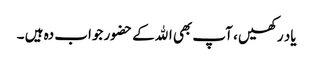
یاد رکھیں ، آپ بھی اﷲکے حضور جواب دہ ہیں ۔